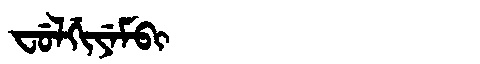
Manchu: ᠸᡠᠯᡤᡳᠶᡝᠮᠪᡳ
Romanization: FULGIYEMBI